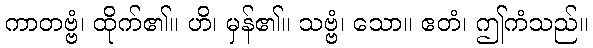
ကာတဗ္ဗံ၊ ထိုက်၏။ ဟိ၊ မှန်၏။ သဗ္ဗံ၊ သော။ ဧတံ၊ ဤကံသည်။